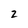
Character: 2